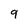
Character: 9